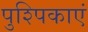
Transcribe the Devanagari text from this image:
पुश्पिकाएं